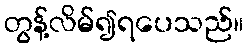
တွန့်လိမ်၍ရပေသည်။